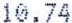
10.74